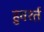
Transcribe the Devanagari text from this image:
हुवर्श्त